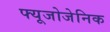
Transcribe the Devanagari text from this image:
फ्यूजोजेनिक